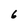
Character: 6